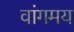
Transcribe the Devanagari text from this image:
वांगमय